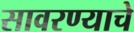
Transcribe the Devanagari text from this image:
सावरण्याचे